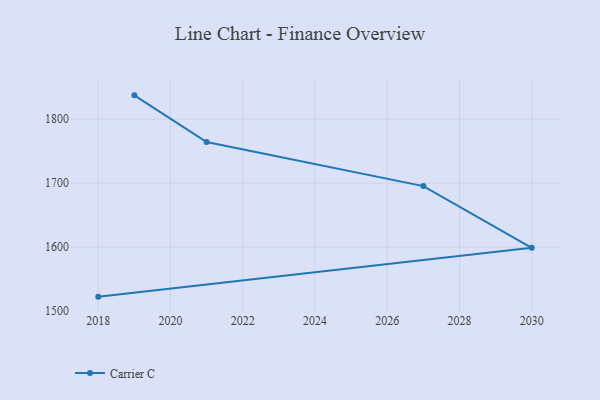
{"axis": {"x": "Year", "y": "Headcount"}, "legend": ["Carrier C"], "data": [{"x": "2019", "y": 1837.2, "type": "Carrier C"}, {"x": "2021", "y": 1764.2, "type": "Carrier C"}, {"x": "2027", "y": 1695.4, "type": "Carrier C"}, {"x": "2030", "y": 1598.9, "type": "Carrier C"}, {"x": "2018", "y": 1522.6, "type": "Carrier C"}]}